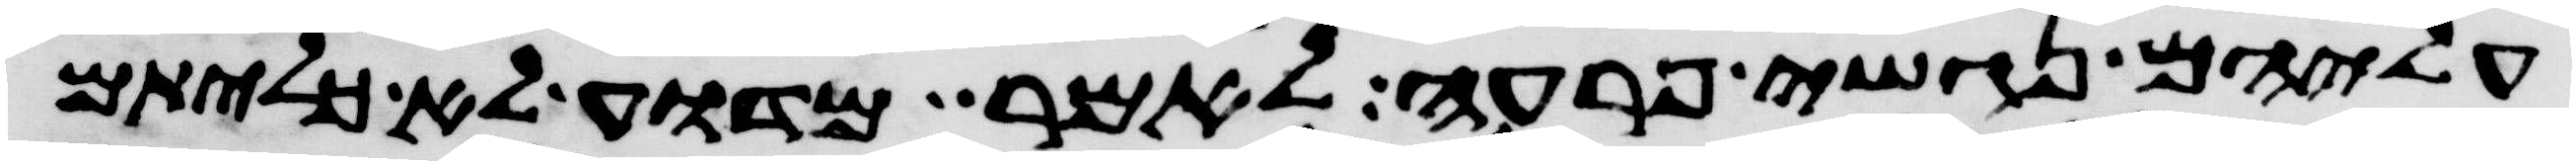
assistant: עליהם נגשי פרעה לאמר מדוע לא כליתם